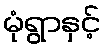
မုံရွာနှင့်